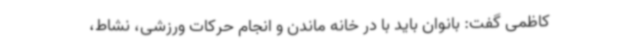
کاظمی گفت: بانوان باید با در خانه ماندن و انجام حرکات ورزشی، نشاط،